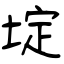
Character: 埞